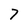
Character: 7